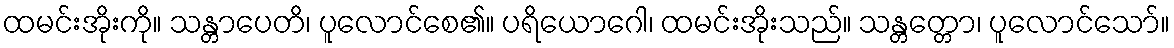
ထမင်းအိုးကို။ သန္တာပေတိ၊ ပူလောင်စေ၏။ ပရိယောဂေါ၊ ထမင်းအိုးသည်။ သန္တတ္တော၊ ပူလောင်သော်။